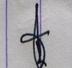
Signature authenticity: genuine